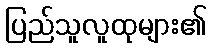
ပြည်သူလူထုများ၏